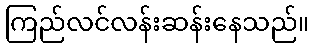
ကြည်လင်လန်းဆန်းနေသည်။